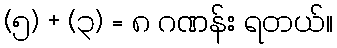
(၅) + (၃) = ၈ ဂဏန်း ရတယ်။